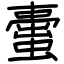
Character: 蟗